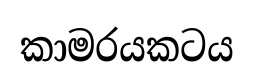
කාමරයකටය